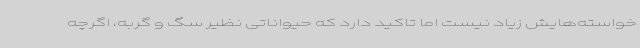
خواسته‌هایش زیاد نیست اما تاکید دارد که حیواناتی نظیر سگ و گربه، اگرچه